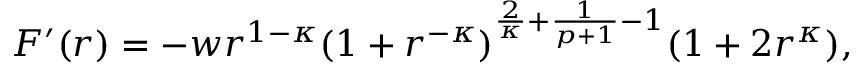
F ^ { \prime } ( r ) = - w r ^ { 1 - \kappa } ( 1 + r ^ { - \kappa } ) ^ { \frac { 2 } { \kappa } + \frac { 1 } { p + 1 } - 1 } ( 1 + 2 r ^ { \kappa } ) ,